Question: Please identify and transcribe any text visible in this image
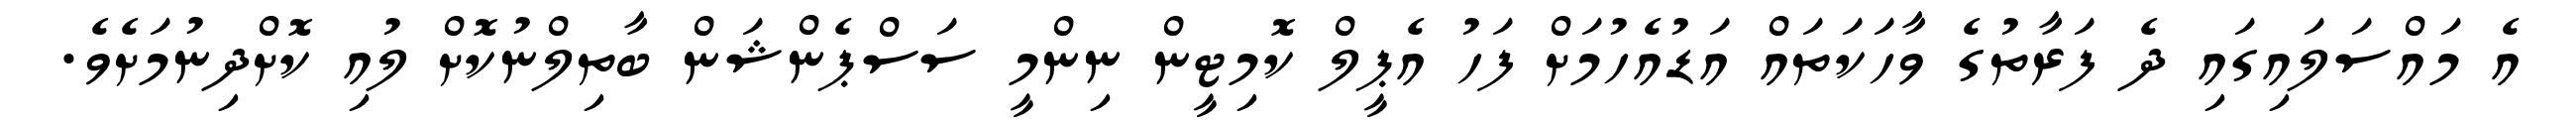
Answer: އެ މައްސަލައިގައި ދެ ފަރާތުގެ ވާހަކަތައް އަޑުއެހުމަށް ފަހު އެޕީލް ކޮމިޓީން ނިންމީ ސަސްޕެންޝަން ބާތިލްނުކޮށް ލުއި ކޮށްދިނުމަށެވެ.